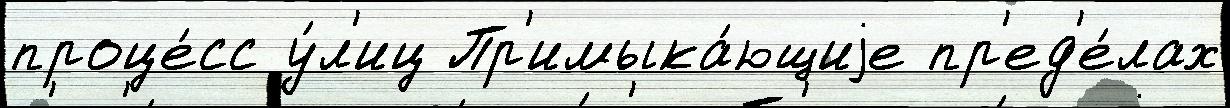
проце́сс у́л'иц Пр'имыка́ющиjе пр'ед'е́лах